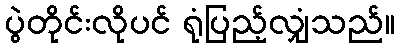
ပွဲတိုင်းလိုပင် ရုံပြည့်လျှံသည်။